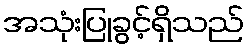
အသုံးပြုခွင့်ရှိသည်